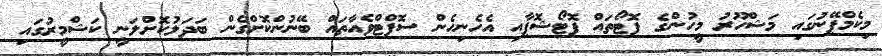
މިކެމްޕޭނުގައި މަޝްހޫރު މީހުންގެ ފޮޓޯތައް ފޮޓޯޝޮޕާއި އެހެނިހެން ސޮފްޓްވެއާތައް ބޭނުންކޮށްގެން ބަދަލުކޮށްލަނީ ކަޝްމީރުގައި